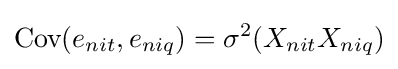
{\text{Cov}}(e_{nit},e_{niq})=\sigma ^{2}(X_{nit}X_{niq})